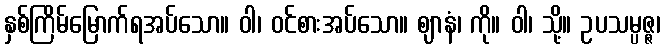
နှစ်ကြိမ်မြောက်ရအပ်သော။ ဝါ၊ ဝင်စားအပ်သော။ ဈာနံ၊ ကို။ ဝါ၊ သို့။ ဥပသမ္ပဇ္ဇ၊